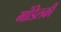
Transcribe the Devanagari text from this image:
मांडिलकी